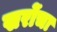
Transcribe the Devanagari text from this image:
खरोंचा